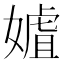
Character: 㜘